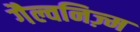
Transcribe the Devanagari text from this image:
गैल्वनिज़्म